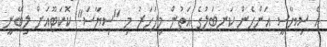
އެ ސިޔާސީ އަންހެން ކަނބަލުގެ އަތުން މިފަހަރު މި "ސިޔާސަ" ކޮކަޓޫއަށް ލިބޭނީ